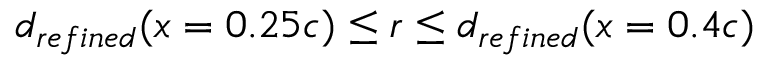
d _ { r e f i n e d } ( x = 0 . 2 5 c ) \leq r \leq d _ { r e f i n e d } ( x = 0 . 4 c )